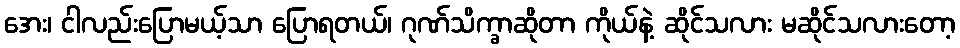
အေး၊ ငါလည်းပြောမယ့်သာ ပြောရတယ်၊ ဂုဏ်သိက္ခာဆိုတာ ကိုယ်နဲ့ ဆိုင်သလား မဆိုင်သလားတော့